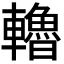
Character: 𨏗